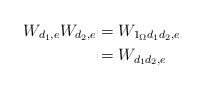
\begin{align*}W_{d_{1},e}W_{d_{2},e}&=W_{1_{\Omega}d_{1}d_{2},e} \\ &=W_{d_{1}d_{2},e}\end{align*}